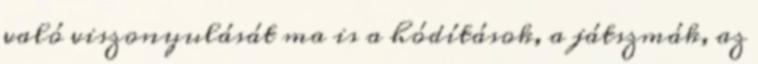
való viszonyulását ma is a hódítások, a játszmák, az